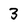
Character: 3